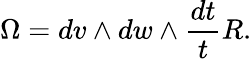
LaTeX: \Omega=dv\wedge dw\wedge\frac{dt}{t}R.